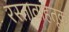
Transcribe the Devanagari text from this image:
रस्तावाहतूक